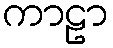
ကာဠာ